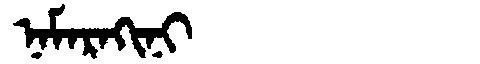
Manchu: ᠨᠠᠮᠠᡵᠠᡴᡳᠨᡳ
Romanization: NAMARAKINI